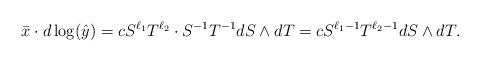
LaTeX: \begin{align*}\bar{x}\cdot d\log(\hat{y})&=cS^{\ell_1}T^{\ell_2}\cdot S^{-1}T^{-1}dS\wedge dT=cS^{\ell_1-1}T^{\ell_2-1} dS\wedge dT.\end{align*}